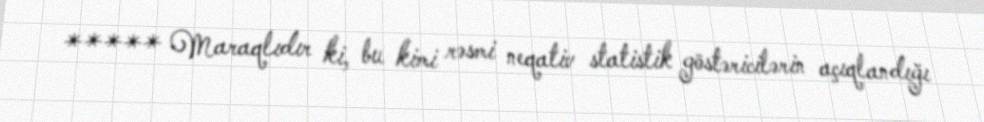
***** Maraqlıdır ki, bu kimi rəsmi neqativ statistik göstəricilərin açıqlandığı